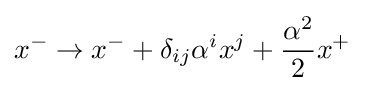
x^{-}\to x^{-}+\delta _{ij}\alpha ^{i}x^{j}+{\frac {\alpha ^{2}}{2}}x^{+}